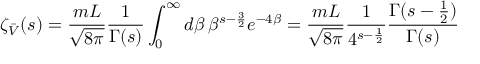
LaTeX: \zeta _ { \bar { \cal V } } ( s ) = \frac { m L } { \sqrt { 8 \pi } } \frac { 1 } { \Gamma ( s ) } \int _ { 0 } ^ { \infty } d \beta \, \beta ^ { s - \frac { 3 } { 2 } } e ^ { - 4 \beta } = \frac { m L } { \sqrt { 8 \pi } } \frac { 1 } { 4 ^ { s - \frac { 1 } { 2 } } } \frac { \Gamma ( s - \frac { 1 } { 2 } ) } { \Gamma ( s ) }